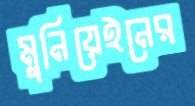
মুনিয়েইনের